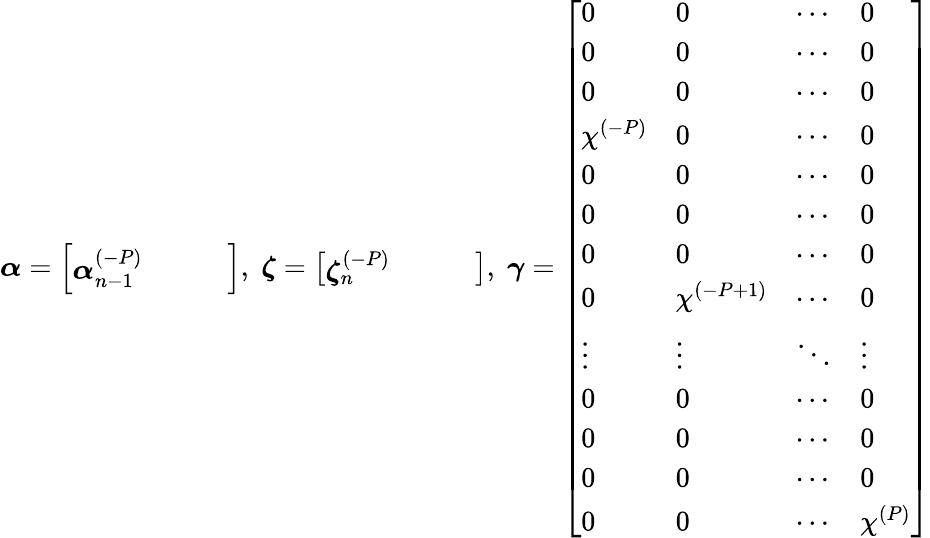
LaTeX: \boldsymbol\alpha=\left[\begin{array}{cccc}{\boldsymbol\alpha_{n-1}^{(-P)}}&{}&{}&{}\end{array}\right],\; \boldsymbol\zeta=\left[\begin{array}{cccc}{\boldsymbol\zeta_{n}^{(-P)}}&{}&{}&{}\end{array}\right],\; \boldsymbol\gamma=\left[\begin{array}{llll}{0}&{0}&{\cdots}&{0}\\ {0}&{0}&{\cdots}&{0}\\ {0}&{0}&{\cdots}&{0}\\ {\chi^{(-P)}}&{0}&{\cdots}&{0}\\ {0}&{0}&{\cdots}&{0}\\ {0}&{0}&{\cdots}&{0}\\ {0}&{0}&{\cdots}&{0}\\ {0}&{\chi^{(-P+1)}}&{\cdots}&{0}\\ {\vdots}&{\vdots}&{\ddots}&{\vdots}\\ {0}&{0}&{\cdots}&{0}\\ {0}&{0}&{\cdots}&{0}\\ {0}&{0}&{\cdots}&{0}\\ {0}&{0}&{\cdots}&{\chi^{(P)}}\end{array}\right]